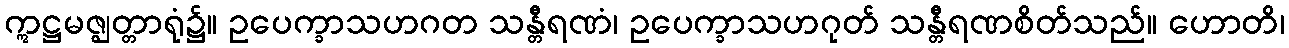
ဣဋ္ဌမဇ္ဈတ္တာရုံ၌။ ဥပေက္ခာသဟဂတ သန္တီရဏံ၊ ဥပေက္ခာသဟဂုတ် သန္တီရဏစိတ်သည်။ ဟောတိ၊